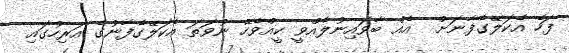
ފަހެ އެކަލޭގެފާނަށް  އެއް ބާވައިނުލެއްވީ ކީއްވެހޭ ނުވަތަ އެކަލޭގެފާނުގެ އަރިހުގައި